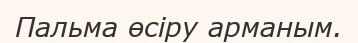
Пальма өсіру арманым.